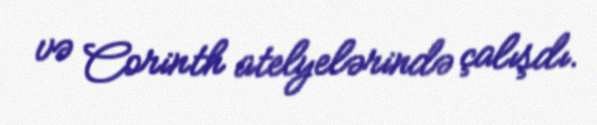
və Corinth atelyelərində çalışdı.